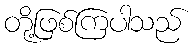
တို့ဖြစ်ကြပါသည်